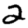
Digit: 2